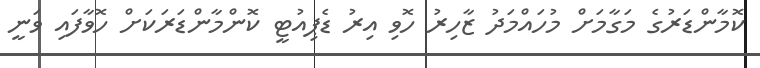
ކޮމާންޑަރުގެ މަގާމަށް މުހައްމަދު ޒާހިރު ހޮވި އިރު ޑެޕިއުޓީ ކޮންމާންޑަރަކަށް ހޮވާފައި ވަނީ